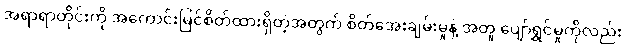
အရာရာတိုင်းကို အကောင်းမြင်စိတ်ထားရှိတဲ့အတွက် စိတ်အေးချမ်းမှုနဲ့ အတူ ပျော်ရွှင်မှုကိုလည်း